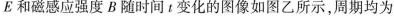
E和磁感应强度B随时间t变化的图像如图乙所示，周期均为